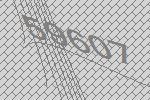
59607